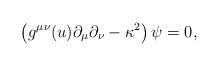
LaTeX: \begin{align*}\left(g^{\mu\nu}(u)\partial_{\mu}\partial_{\nu}-\kappa^2\right)\psi=0, \end{align*}